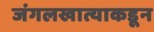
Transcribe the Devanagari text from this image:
जंगलखात्याकडून